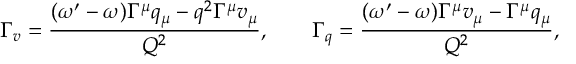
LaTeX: \Gamma _ { v } = \frac { ( \omega ^ { \prime } - \omega ) \Gamma ^ { \mu } q _ { \mu } - q ^ { 2 } \Gamma ^ { \mu } v _ { \mu } } { Q ^ { 2 } } , \quad \quad \Gamma _ { q } = \frac { ( \omega ^ { \prime } - \omega ) \Gamma ^ { \mu } v _ { \mu } - \Gamma ^ { \mu } q _ { \mu } } { Q ^ { 2 } } ,